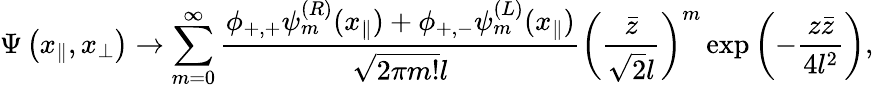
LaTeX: \Psi\left(x_{\parallel},x_{\perp}\right)\to\sum_{m=0}^{\infty}\frac{\phi_{+,+}\psi_{m}^{(R)}(x_{\parallel})+\phi_{+,-}\psi_{m}^{(L)}(x_{\parallel})}{\sqrt{2\pi m!}l}\left(\frac{\bar{z}}{\sqrt{2}l}\right)^{m}\exp\left(-\frac{z\bar{z}}{4l^{2}}\right),